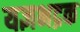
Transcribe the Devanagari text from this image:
यज्ञभद्रक